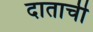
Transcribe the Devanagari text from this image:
दाताची